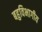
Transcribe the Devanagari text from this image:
बहुविभागीय